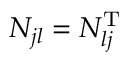
N _ { j l } = N _ { l j } ^ { \mathrm { T } }